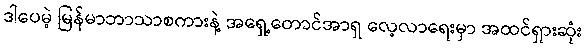
ဒါပေမဲ့ မြန်မာဘာသာစကားနဲ့ အရှေ့တောင်အာရှ လေ့လာရေးမှာ အထင်ရှားဆုံး